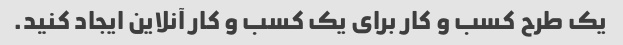
یک طرح کسب و کار برای یک کسب و کار آنلاین ایجاد کنید.